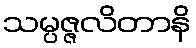
သမ္ပဇ္ဇလိတာနိ